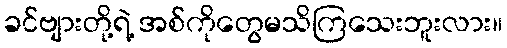
ခင်ဗျားတို့ရဲ့ အစ်ကိုတွေမသိကြသေးဘူးလား။